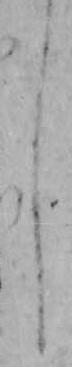
し